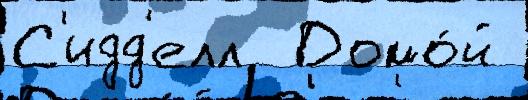
С'идд'елл  Домо́й